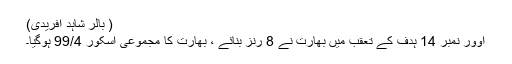
( بالر شاہد آفریدی)
اوور نمبر 14 ہدف کے تعقب میں بھارت نے 8 رنز بنائے ، بھارت کا مجموعی اسکور 99/4 ہوگیا۔